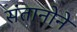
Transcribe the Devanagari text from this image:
संतानोने